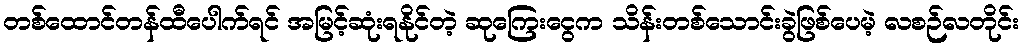
တစ်ထောင်တန်ထီပေါက်ရင် အမြင့်ဆုံးရနိုင်တဲ့ ဆုကြေးငွေက သိန်းတစ်သောင်းခွဲဖြစ်ပေမဲ့ လစဉ်လတိုင်း